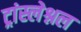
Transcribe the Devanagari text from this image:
ट्रांस्लेश्नल